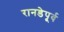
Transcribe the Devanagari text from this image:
रानडेपूर्व